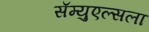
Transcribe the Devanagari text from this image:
सॅम्युएल्सला